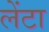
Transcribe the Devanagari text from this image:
लेंटा